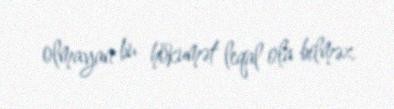
olmayan bu hökumət leqal ola bilməz.